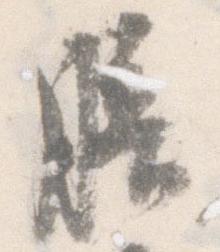
膳